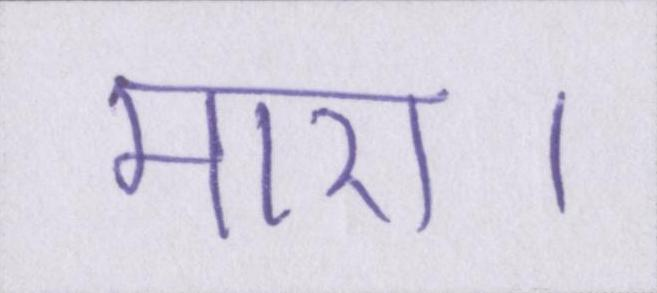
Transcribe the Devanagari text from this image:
मारा।